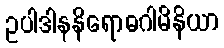
ဥပါဒါနနိရောဓဂါမိနိယာ